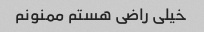
خیلی راضی هستم ممنونم